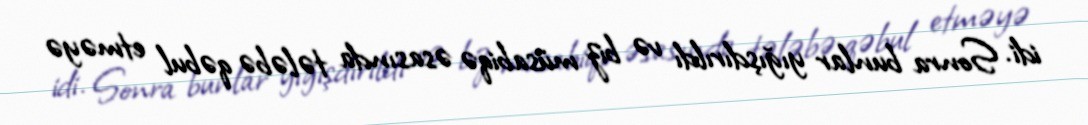
idi. Sonra bunlar yığışdırıldı və biz müsabiqə əsasında tələbə qəbul etməyə